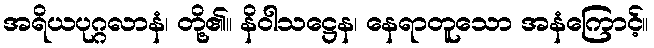
အရိယပုဂ္ဂလာနံ၊ တို့၏။ နိဝါသဋ္ဌေန၊ နေရာတူသော အနံကြောင့်။